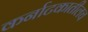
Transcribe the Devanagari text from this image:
कर्नाटकातीलच